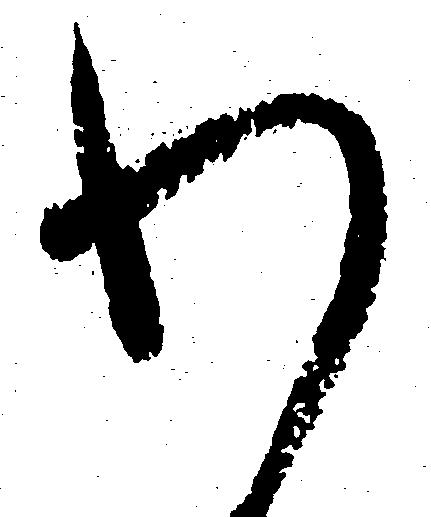
わ